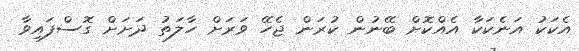
އެކަކު އަނެކަކާ އެއްކޮށް ބޭނުން ކުރަން ޖެހޭ ވަރަށް ހާލަތު ދަށަށް ގޮސްފައިވާ